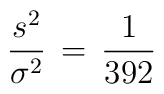
\frac{s^2}{\sigma^2} \, = \, \frac{1}{392}